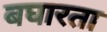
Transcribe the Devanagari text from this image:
बघारता